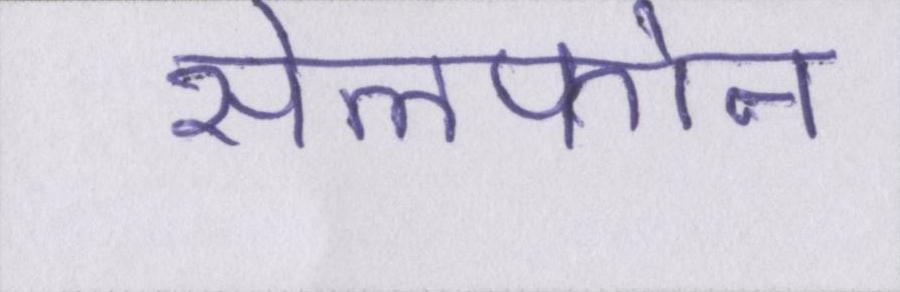
सेलफोन